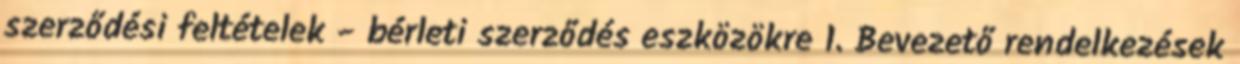
szerződési feltételek - bérleti szerződés eszközökre 1. Bevezető rendelkezések